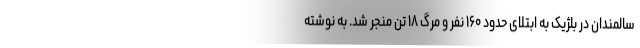
سالمندان در بلژیک به ابتلای حدود ۱۶۰ نفر و مرگ ۱۸ تن منجر شد. به نوشته